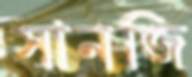
সানজি